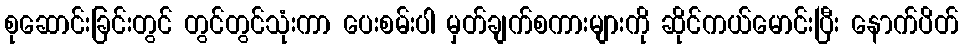
စုဆောင်းခြင်းတွင် တွင်တွင်သုံးကာ ပေးစမ်းပါ မှတ်ချက်စကားများကို ဆိုင်ကယ်မောင်းပြီး နောက်ပိတ်